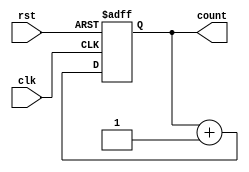
module counter (
    input wire clk,
    input wire rst,
    output reg [7:0] count
);

always @(posedge clk or posedge rst)
    if (rst)
        count <= 8'b0;
    else
        count <= count + 1;

endmodule